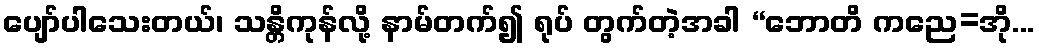
ပျော်ပါသေးတယ်၊ သန္တိကုန်လို့ နာမ်တက်၍ ရုပ် တွက်တဲ့အခါ “ဘောတိ ကညေ=အို...